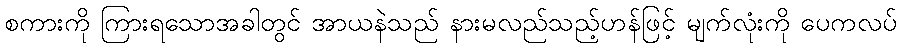
စကားကို ကြားရသောအခါတွင် အာယနဲသည် နားမလည်သည့်ဟန်ဖြင့် မျက်လုံးကို ပေကလပ်